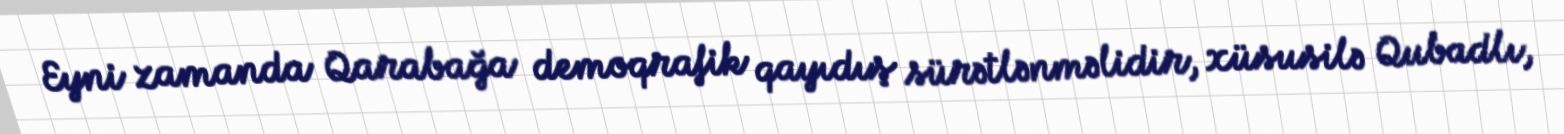
Eyni zamanda Qarabağa demoqrafik qayıdış sürətlənməlidir, xüsusilə Qubadlı,